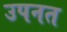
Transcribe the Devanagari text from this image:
उपनत